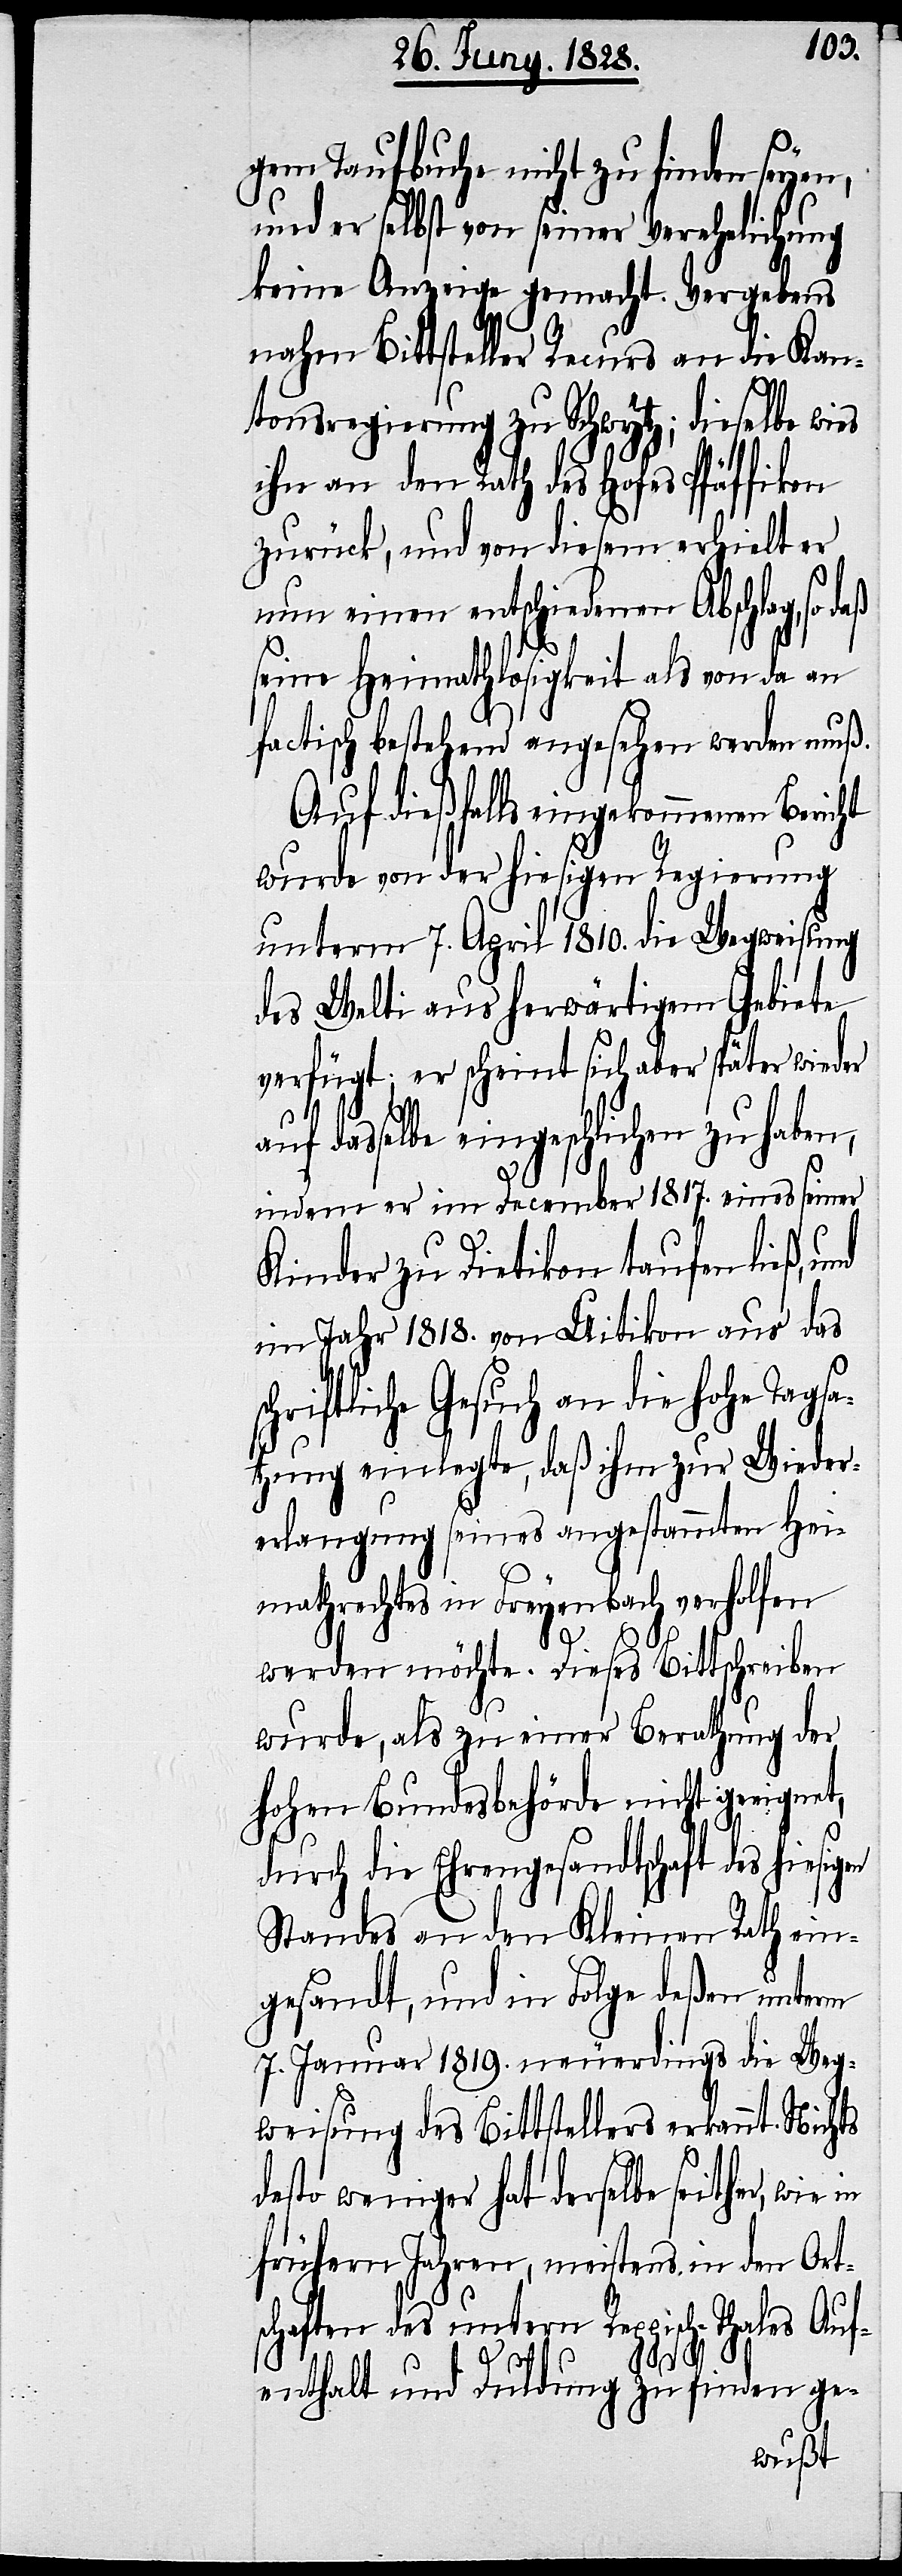
gem Taufbuche nicht zu finden seyen,
und er selbst von seiner Verehelichung
keine Anzeige gemacht. Vergebens
nahm Bittsteller Recurs an die Kan¬
tonsregierung zu Schwytz; dieselbe wies
ihn an den Rath des Hofes Pfäffikon
zurück, und von diesem erhielt er
nun einen entschiedenen Abschlag, so
seine Heimathlosigkeit als von da an
factisch bestehend angesehen werden muß.
Auf dießfalls eingekommenen Bericht
wurde von der hiesigen Regierung
unterm 7. April 1810. die Wegweisung
des Welti aus herwärtigem Gebiete
verfügt; er scheint sich aber später wieder
dasselbe eingeschlichen zu haben,
indem er im December 1817. eines seiner
Kinder zu Dietikon taufen ließ, und
im Jahr 1818. von Uitikon aus das
hriftliche Gesuch an die hohe Tags¬
atzung einlegte, daß ihm zur Wieder¬
erlangung seines angestammten Hei¬
mathrechtes in Freyenbach verholfen
werden möchte. Dieses Bittschrieben
wurde, als zu einer Berathung der
hohen Bundesbehörde nicht geeignet,
durch die Ehrengesandtschaft des h¬
Standes an den Kleinen Rath ein¬
gesandt, und in Folge deßen unterm
7. Januar 1819. neuerdings die Weg¬
weisung des Bittstellers erkannt.
desto weniger hat derselbe seither, wie
frühern Jahren, meistens in den Ort¬
schaften des untern Reppisch-Thales Auf¬
sc¬
enthalt und Duldung zu finden ge-
iesigen